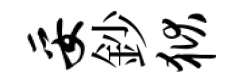
妥鈔狱